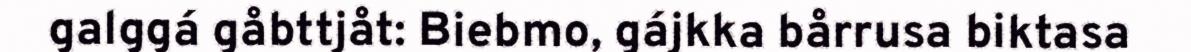
galggá gåbttjåt: Biebmo, gájkka bårrusa biktasa